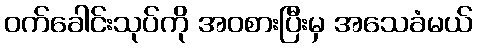
ဝက်ခေါင်းသုပ်ကို အဝစားပြီးမှ အသေခံမယ်